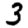
Digit: 3